Scottish Certificate of Education, 1962
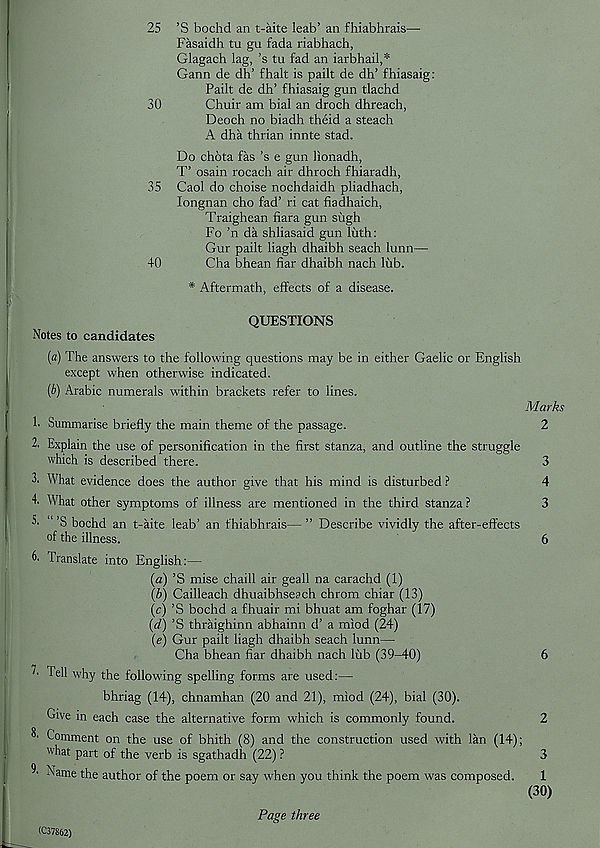
25 ’S bochd an t-aite leab’ an fhiabhrais—
Fasaidh tu gu fada riabhach,
Glagach lag, ’s tu fad an iarbhail,*
Gann de dh’ fhalt is pailt de dh’ fhiasaig:
Pailt de dh’ fhiasaig gun tlachd
30
Chuir am bial an droch dhreach,
Deoch no biadh theid a steach
A dha thrian innte stad.
Do chota fas’s e gun lionadh,
T’ osain rocach air dhroch fhiaradh,
35 Gaol do choise nochdaidh pliadhach,
longnan cho fad’ ri cat fiadhaich,
Traighean fiara gun siigh
Fo ’n da shliasaid gun liith:
Gur pailt liagh dhaibh seach lunn—
40
Cha bhean fiar dhaibh nach lub.
* Aftermath, effects of a disease.
QUESTIONS
Notes to candidates
(a) The answers to the following questions may be in either Gaelic or English
except when otherwise indicated.
(/>) Arabic numerals within brackets refer to lines.
Marks
h Summarise briefly the main theme of the passage.
2
2. Explain the use of personification in the first stanza, and outline the struggle
which is described there.
3
3. What evidence does the author give that his mind is disturbed ?
4
4 What other symptoms of illness are mentioned in the third stanza ?
3
3' “ ’S bochd an t-aite leab’ an fhiabhrais— ” Describe vividly the after-effects
of the illness.
6
4 Translate into English:—
(a) ’S mise chaill air geall na carachd (1)
(b) Cailleach dhuaibhseach chrom chiar (13)
(c) ’S bochd a fhuair mi bhuat am foghar (17)
(d) ’S thraighinn abhainn d’ a miod (24)
(e) Gur pailt liagh dhaibh seach lunn—
Cha bhean fiar dhaibh nach lub (39-40)
6
2. Tell why the following spelling forms are used:—
bhriag (14), chnamhan (20 and 21), miod (24), bial (30).
Give in each case the alternative form which is commonly found.
2
^ Comment on the use of bhith (8) and the construction used with lan (14);
what part of the verb is sgathadh (22) ?
3
4 Name the author of the poem or say when you think the poem was composed.
1
(30)
(C37862)
Page three